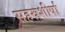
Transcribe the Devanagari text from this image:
सहस्रशीर्षा